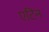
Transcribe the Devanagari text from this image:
एटिन